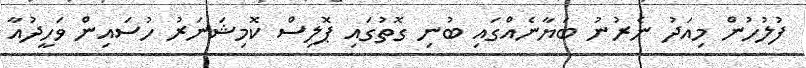
ފުލުހުން މިއަދު ނެރުނު ބަޔާނެއްގައި ބުނި ގޮތުގައި ޕޮލިސް ކޮމިޝަނަރު ހުސައިން ވަހީދުއާ